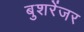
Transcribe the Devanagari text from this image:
बुशरेंजर